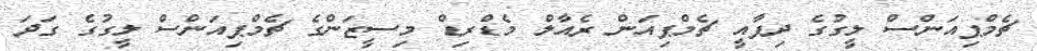
ޗެމްޕިއަންސް ލީގުގެ ދިފާއީ ޗެމްޕިއަން ރެއާލް މެޑްރިޑް މިސީޒަންގެ ޗެމްޕިއަންސް ލީގުގެ ގަދަ